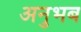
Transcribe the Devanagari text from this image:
अनुभब